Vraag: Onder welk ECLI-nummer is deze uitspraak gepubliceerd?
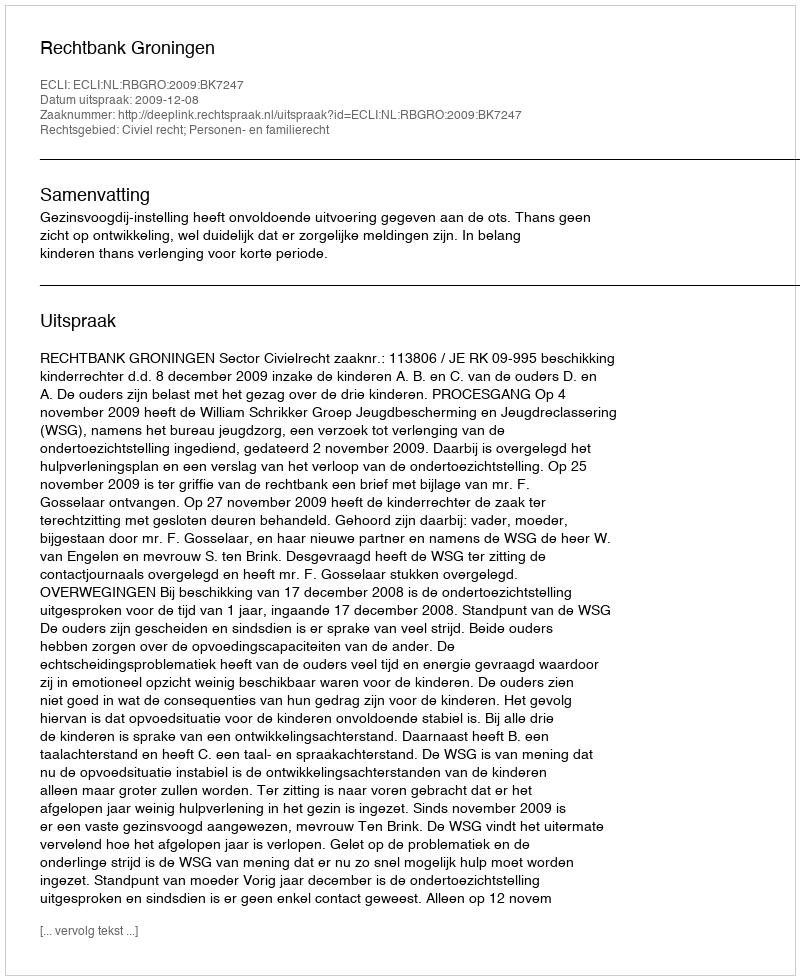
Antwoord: ECLI:NL:RBGRO:2009:BK7247